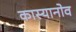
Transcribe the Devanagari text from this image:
कास्यानोव